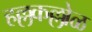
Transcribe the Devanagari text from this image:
हल्लकल्लोळ